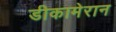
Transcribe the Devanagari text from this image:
डीकामेरान